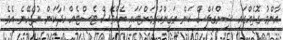
އާންމު ގޮތެއްގައި ޝިންގަލްސް ކަން ޔަގީންކުރުމަށްޓަކައި އެއްވެސް ޓެސްޓެއް ހަދާކަން ނުޖެހޭނެ އެވެ.